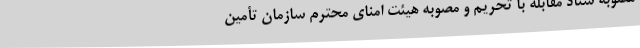
مصوبه ستاد مقابله با تحریم و مصوبه هیئت امنای محترم سازمان تأمین